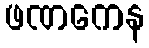
ဖဏကေန